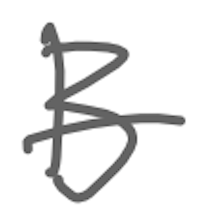
Text: B
Cross-out: single-line
Writing tool: digital_gray